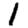
Digit: 1